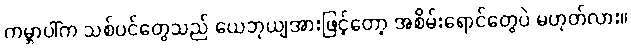
ကမ္ဘာပါ်က သစ်ပင်တွေသည် ယေဘုယျအားဖြင့်တော့ အစိမ်းရောင်တွေပဲ မဟုတ်လား။